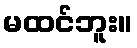
မထင်ဘူး။